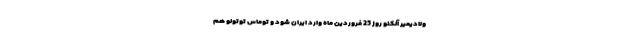
ولادیمیر آلکنو روز 25 فروردین ماه وارد ایران شود و توماس توتولو هم